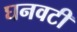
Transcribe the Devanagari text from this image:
घनवटी